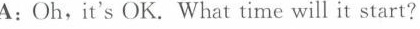
A: Oh,it's OK. What time will it start?